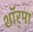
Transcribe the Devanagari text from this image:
शॉर्‌मा